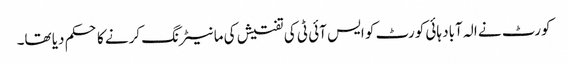
کورٹ نے الہ آباد ہائی کورٹ کو ایس آئی ٹی کی تفتیش کی مانیٹرنگ کرنے کا حکم دیا تھا۔